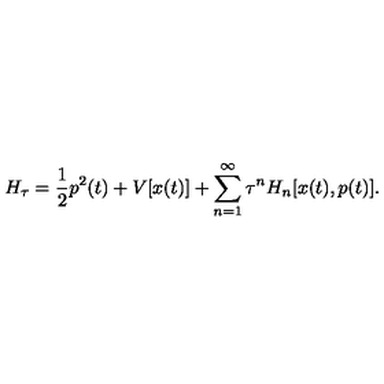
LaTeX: H _ { \tau } = \frac { 1 } { 2 } p ^ { 2 } ( t ) + V [ x ( t ) ] + \sum _ { n = 1 } ^ { \infty } \tau ^ { n } H _ { n } [ x ( t ) , p ( t ) ] .